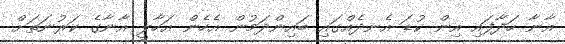
އާނާ ހަދާފައި އިން ކުޑަ އެނދެއްގައި ބައިންދަމުން އެހެން އަހާލީ އާނާގެ ކަރުނަތަށް